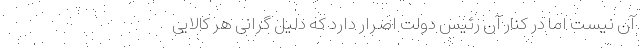
آن نیست اما در کنار آن رئیس دولت اصرار دارد که دلیل گرانی هر کالایی